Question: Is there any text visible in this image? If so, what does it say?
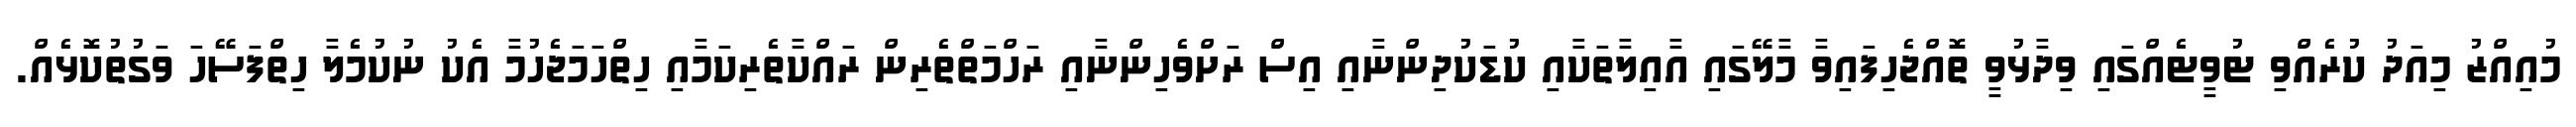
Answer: މުއިއްޒު މިއަދު ކުރެއްވި ޓުވީޓެއްގައި ވިދާޅުވީ ތޮއްޖެހިފައިވާ މާލޭގައި އާއިލާތަކާއި ކުޑަކުދިންނާއި އިސް ރަށްވެހިންނާއި ރަހްމަތްތެރިން ރައްކާތެރިކަމާއި ހިތްހަމަޖެހުމާ އެކު ނުކުމެލާ ހިތްފަސޭހަ ވަގުތުކޮޅެއް.